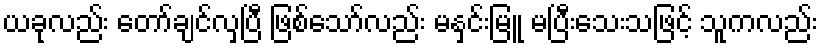
ယခုလည်း တော်ချင်လှပြီ ဖြစ်သော်လည်း မနှင်းမြူ မပြီးသေးသဖြင့် သူကလည်း